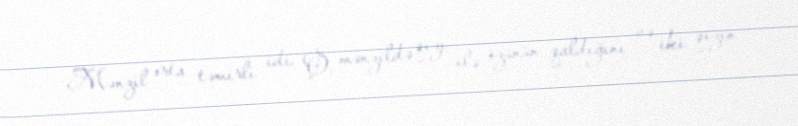
Mənzil orta təmirli idi. O, mənzildə qızı ilə özünün qaldığını və iki qızın